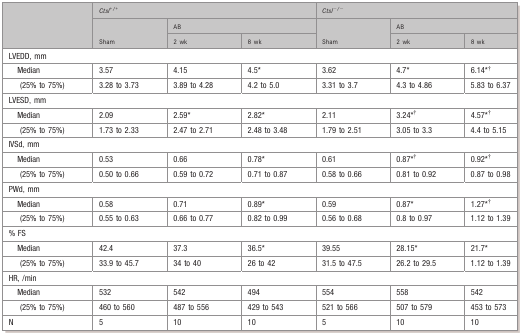
<table><thead><tr><td rowspan="3"></td><td colspan="3"><b><i>Ctsl</i><sup>+/+</sup></b></td><td colspan="3"><b><i>Ctsl</i><sup>−/−</sup></b></td></tr><tr><td rowspan="2"><b>Sham</b></td><td colspan="2"><b>AB</b></td><td rowspan="2"><b>Sham</b></td><td colspan="2"><b>AB</b></td></tr><tr><td><b>2 wk</b></td><td><b>8 wk</b></td><td><b>2 wk</b></td><td><b>8 wk</b></td></tr></thead><tbody><tr><td colspan="7">LVEDD, mm</td></tr><tr><td>Median</td><td>3.57</td><td>4.15</td><td>4.5*</td><td>3.62</td><td>4.7*</td><td>6.14**</td></tr><tr><td> (25% to 75%)</td><td>3.28 to 3.73</td><td>3.89 to 4.28</td><td>4.2 to 5.0</td><td>3.31 to 3.7</td><td>4.3 to 4.86</td><td>5.83 to 6.37</td></tr><tr><td colspan="7">LVESD, mm</td></tr><tr><td>Median</td><td>2.09</td><td>2.59*</td><td>2.82*</td><td>2.11</td><td>3.24**</td><td>4.57**</td></tr><tr><td> (25% to 75%)</td><td>1.73 to 2.33</td><td>2.47 to 2.71</td><td>2.48 to 3.48</td><td>1.79 to 2.51</td><td>3.05 to 3.3</td><td>4.4 to 5.15</td></tr><tr><td colspan="7">IVSd, mm</td></tr><tr><td>Median</td><td>0.53</td><td>0.66</td><td>0.78*</td><td>0.61</td><td>0.87**</td><td>0.92**</td></tr><tr><td> (25% to 75%)</td><td>0.50 to 0.66</td><td>0.59 to 0.72</td><td>0.71 to 0.87</td><td>0.58 to 0.66</td><td>0.81 to 0.92</td><td>0.87 to 0.98</td></tr><tr><td colspan="7">PWd, mm</td></tr><tr><td>Median</td><td>0.58</td><td>0.71</td><td>0.89*</td><td>0.59</td><td>0.87*</td><td>1.27**</td></tr><tr><td> (25% to 75%)</td><td>0.55 to 0.63</td><td>0.66 to 0.77</td><td>0.82 to 0.99</td><td>0.56 to 0.68</td><td>0.8 to 0.97</td><td>1.12 to 1.39</td></tr><tr><td colspan="7">% FS</td></tr><tr><td>Median</td><td>42.4</td><td>37.3</td><td>36.5*</td><td>39.55</td><td>28.15*</td><td>21.7*</td></tr><tr><td> (25% to 75%)</td><td>33.9 to 45.7</td><td>34 to 40</td><td>26 to 42</td><td>31.5 to 47.5</td><td>26.2 to 29.5</td><td>1.12 to 1.39</td></tr><tr><td colspan="7">HR, /min</td></tr><tr><td>Median</td><td>532</td><td>542</td><td>494</td><td>554</td><td>558</td><td>542</td></tr><tr><td> (25% to 75%)</td><td>460 to 560</td><td>487 to 556</td><td>429 to 543</td><td>521 to 566</td><td>507 to 579</td><td>453 to 573</td></tr><tr><td>N</td><td>5</td><td>10</td><td>10</td><td>5</td><td>10</td><td>10</td></tr></tbody></table>